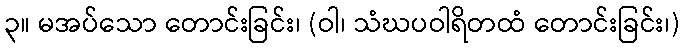
၃။ မအပ်သော တောင်းခြင်း၊ (ဝါ၊ သံဃပဝါရိတထံ တောင်းခြင်း၊)